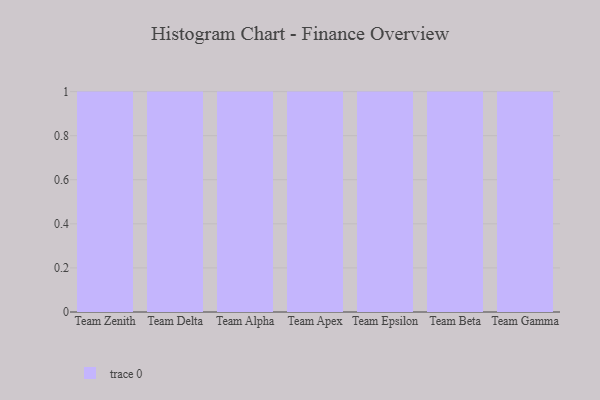
{"axis": {"x": "Team", "y": "Inventory Turnover"}, "legend": [""], "data": [{"x": "Team Zenith", "y": 86, "type": ""}, {"x": "Team Delta", "y": 36, "type": ""}, {"x": "Team Alpha", "y": 39, "type": ""}, {"x": "Team Apex", "y": 36, "type": ""}, {"x": "Team Epsilon", "y": 38, "type": ""}, {"x": "Team Beta", "y": 80, "type": ""}, {"x": "Team Gamma", "y": 97, "type": ""}]}